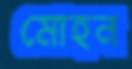
মোহন